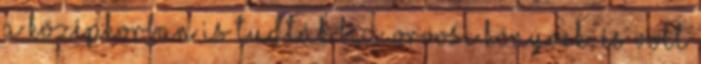
a középkorban is tudták biz. orvosi könyvek, és volt